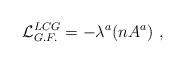
LaTeX: \begin{align*}{\cal L}_{G.F.}^{LCG}= -\lambda^a (nA^a) \ ,\end{align*}